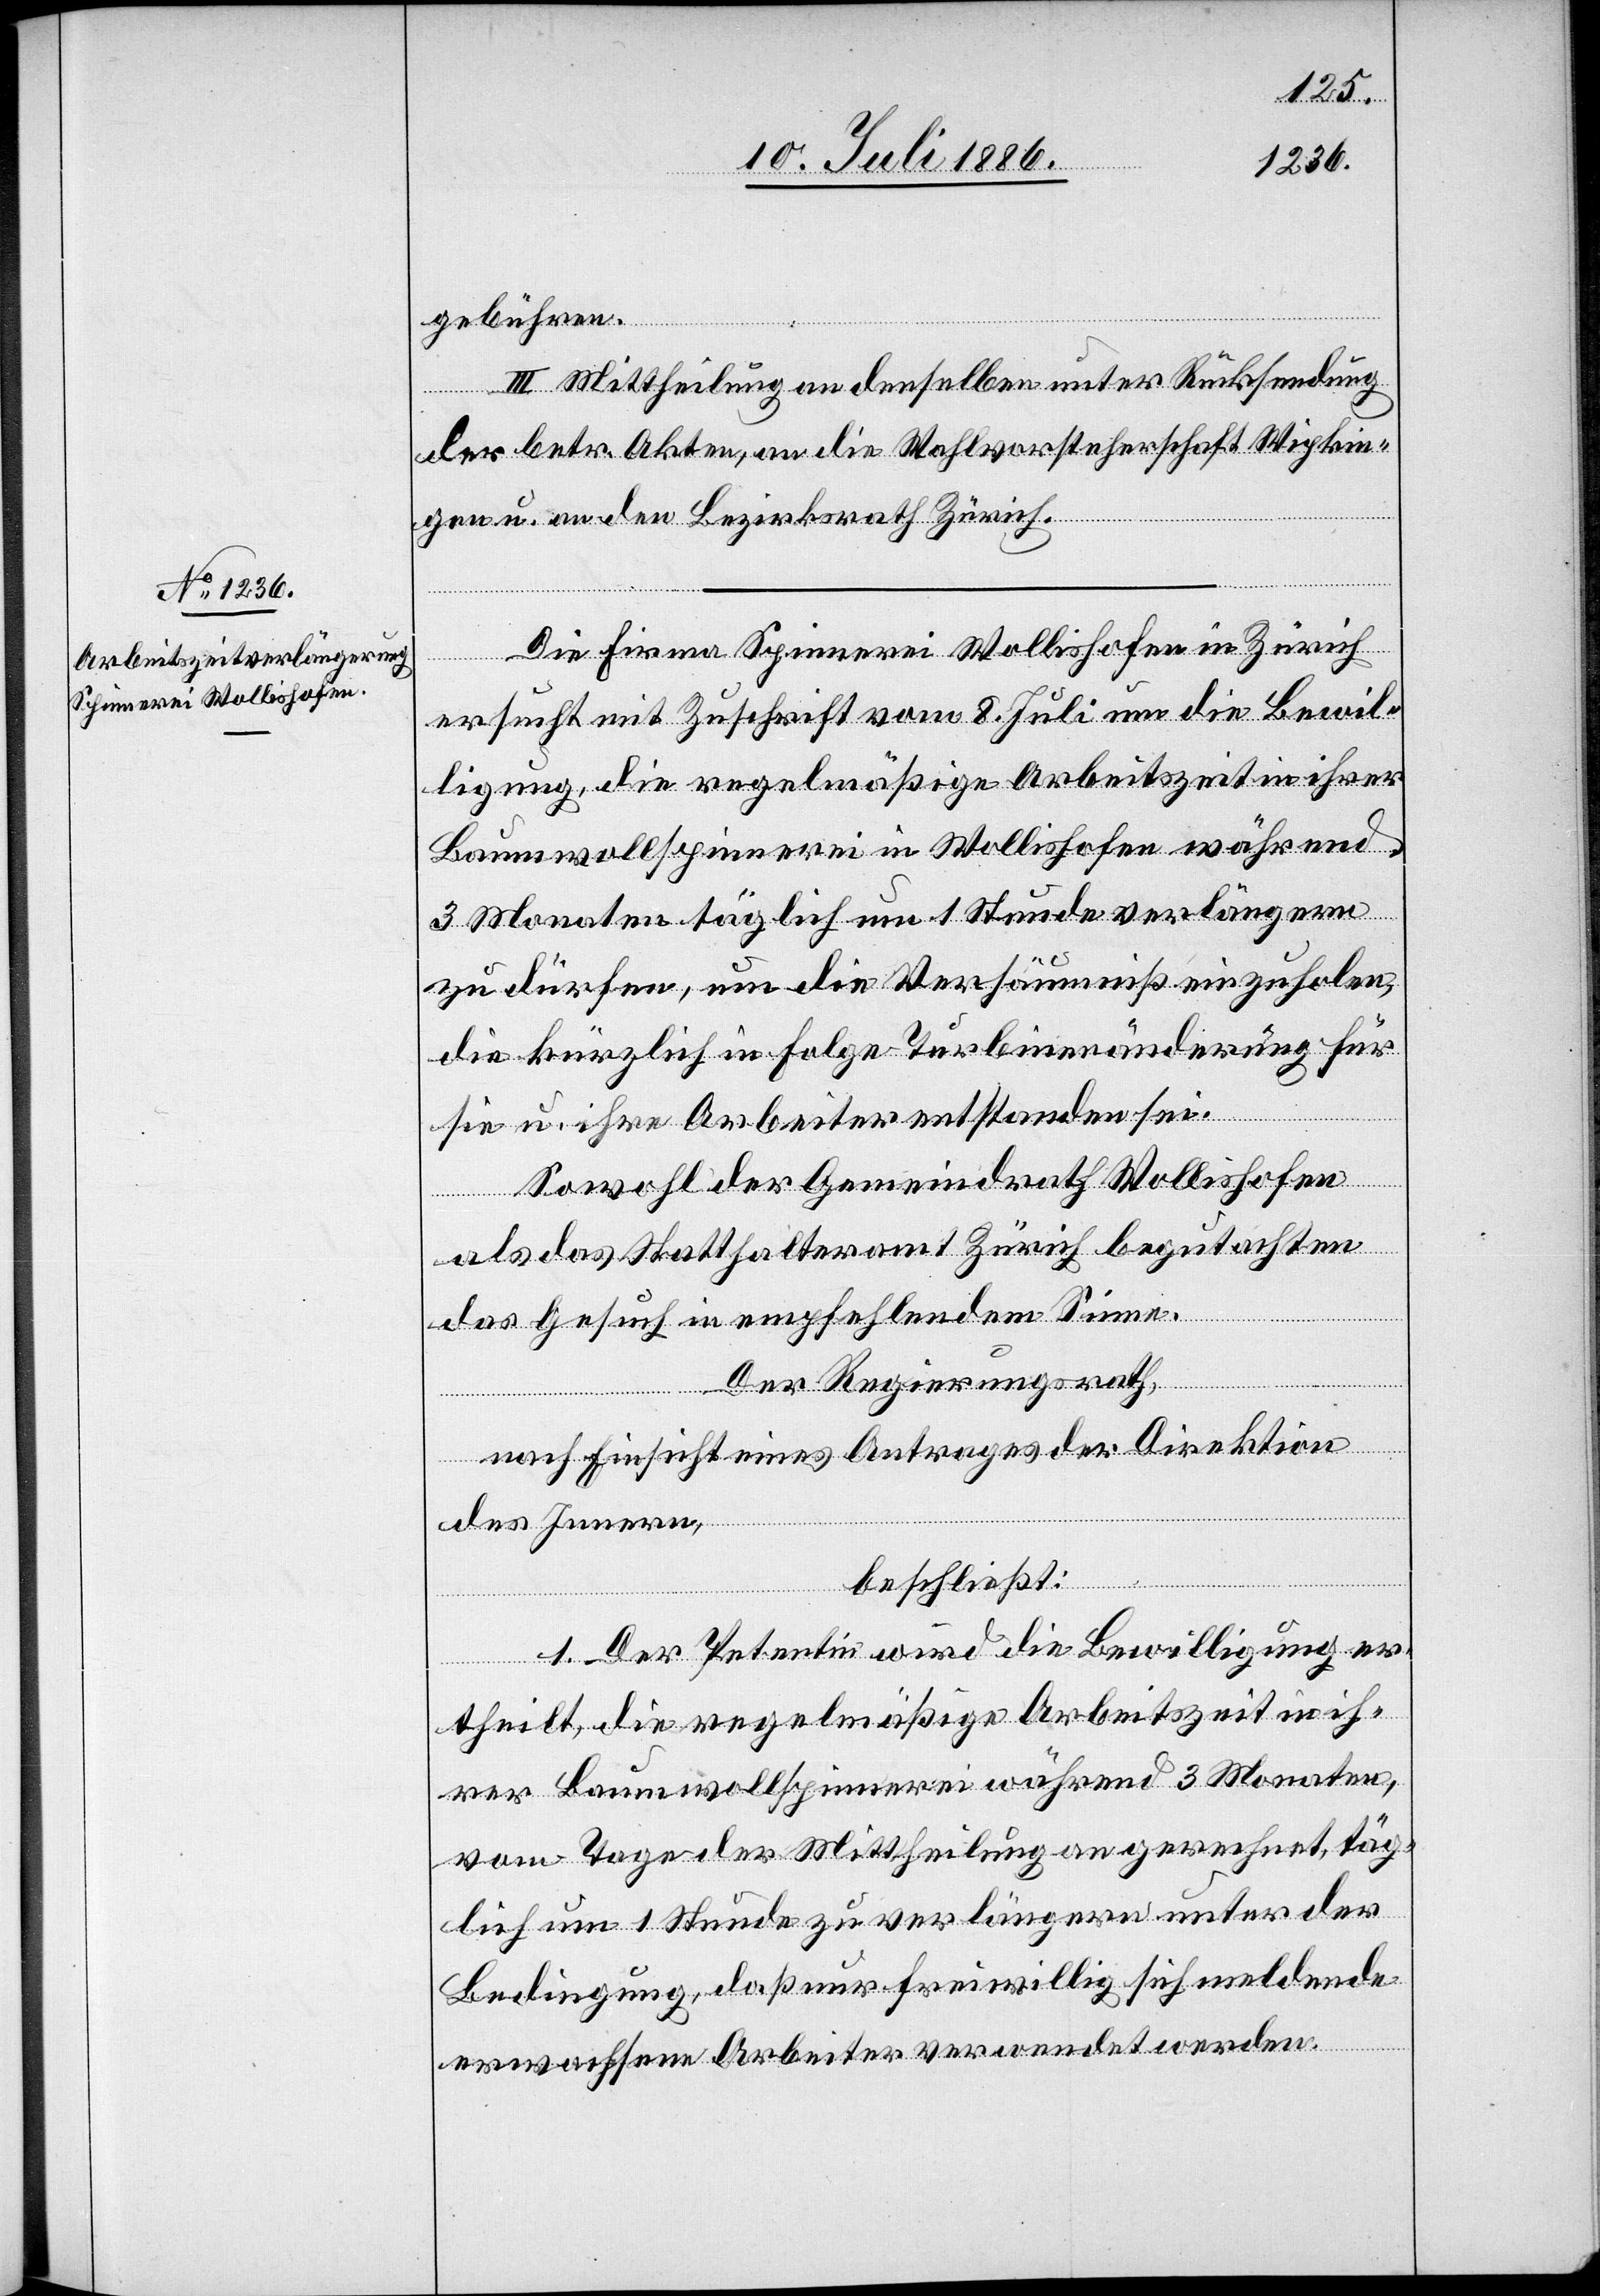
gebühren.
III. Mittheilung an denselben unter Rücksendung
der betr. Akten, an die Wahlvorsteherschaft Wipkin¬
gen u. an den Bezirksrath Zürich.
Die Firma Spinnerei Wollishofen in Zürich
ersucht mit Zuschrift vom 8. Juli um die Bewil¬
ligung, die regelmäßige Arbeitszeit in ihrer
Baumwollspinnerei in Wollishofen während
3 Monaten täglich um 1 Stunde verlängern
zu dürfen, um die Versäumniß einzuholen,
die kürzlich in Folge Turbinenänderung für
sie u. ihre Arbeiter entstanden sei.
Sowol der Gemeindrath Wollishofen
als das Statthalteramt Zürich begutachten
das Gesuch in empfehlendem Sinne.
Der Regierungsrath,
nach Einsicht eines Antrages der Direktion
des Innern,
beschließt:
1. Der Petentin wird die Bewilligung er¬
theilt, die regelmäßige Arbeitszeit in ih¬
rer Baumwollspinnerei während 3 Monaten,
vom Tage der Mittheilung an gerechnet, täg¬
lich um 1 Stunde zu verlängern unter der
Bedingung, daß nur freiwillig sich meldende
erwachsene Arbeiter verwendet werden.